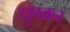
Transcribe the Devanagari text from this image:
धुपकर